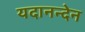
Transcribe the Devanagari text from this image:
यदानन्देन